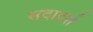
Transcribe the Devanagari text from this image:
सदादर्श